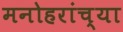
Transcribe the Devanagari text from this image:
मनोहरांच्या